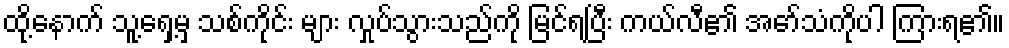
ထို့နောက် သူ့ရှေ့မှ သစ်ကိုင်း များ လှုပ်သွားသည်ကို မြင်ရပြီး ကယ်လီ၏ အော်သံကိုပါ ကြားရ၏။